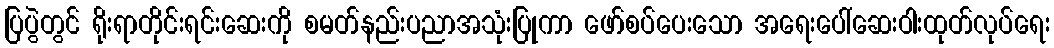
ပြပွဲတွင် ရိုးရာတိုင်းရင်းဆေးကို စမတ်နည်းပညာအသုံးပြုကာ ဖော်စပ်ပေးသော အရေးပေါ်ဆေးဝါးထုတ်လုပ်ရေး